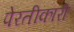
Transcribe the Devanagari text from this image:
पेरतीकारी